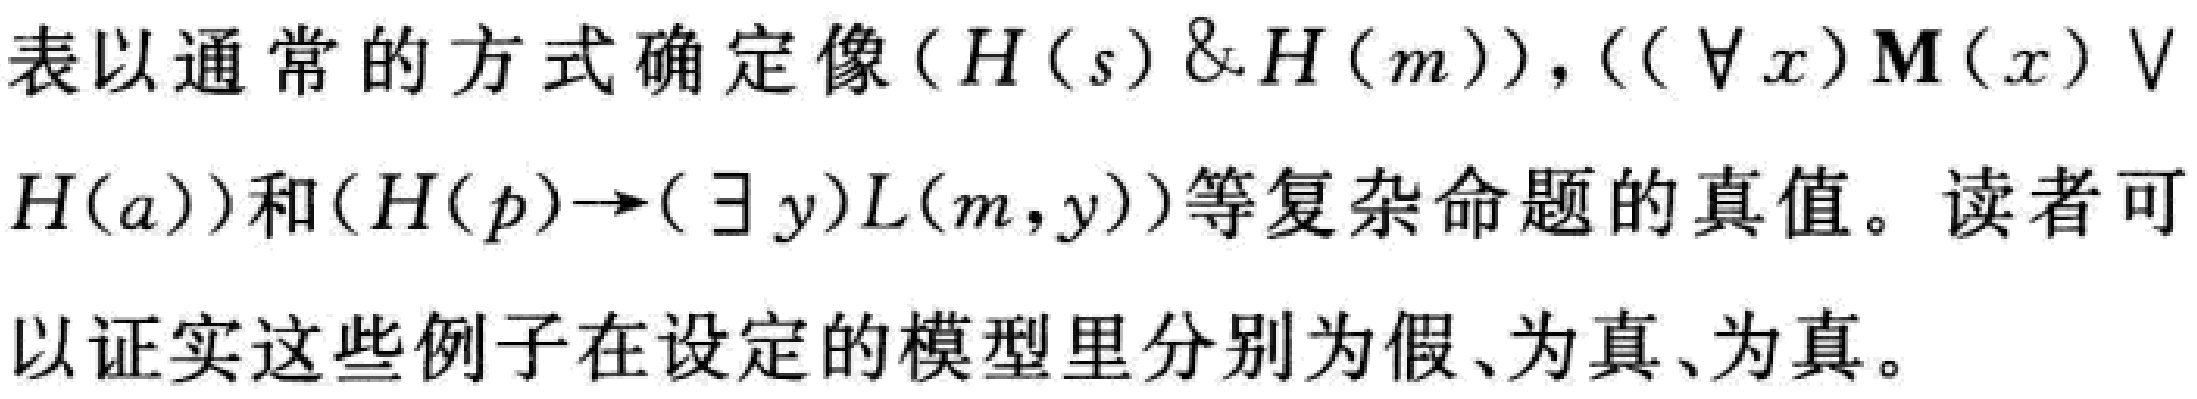
表以通常的方式确定像\((H(s)\&H(m)), ((\forall x)M(x)\vee H(a))\)和\((H(p)\to(\exists y)L(m,y))\)等复杂命题的真值。读者可以证实这些例子在设定的模型里分别为假、为真、为真。